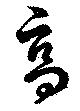
高